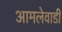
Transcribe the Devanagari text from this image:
आमलेवाडी